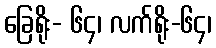
ခြေရိုး- ၆၄၊ လက်ရိုး-၆၄၊